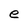
Character: e